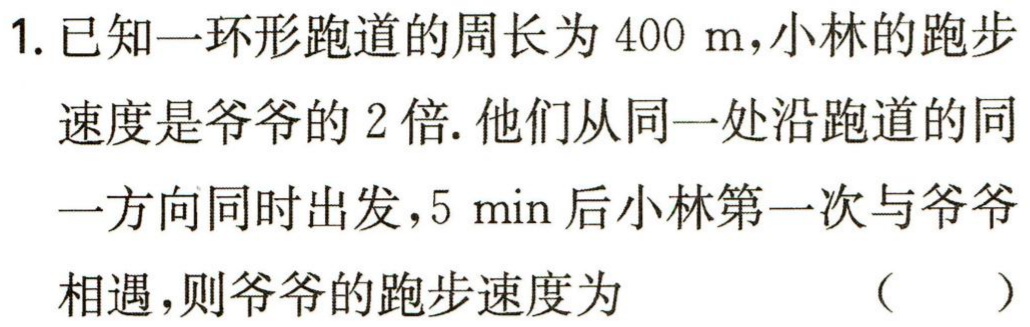
1. 已知一环形跑道的周长为\(400\ m\)，小林的跑步
速度是爷爷的\(2\)倍. 他们从同一处沿跑道的同
一方向同时出发，\(5\ min\)后小林第一次与爷爷
相遇，则爷爷的跑步速度为 （  ）